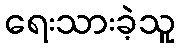
ရေးသားခဲ့သူ